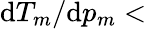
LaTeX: \mathrm{d}T_{m}/\mathrm{d}p_{m}<